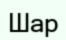
Шар